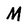
Character: M